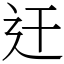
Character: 迀